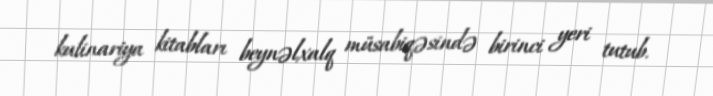
kulinariya kitabları beynəlxalq müsabiqəsində birinci yeri tutub.